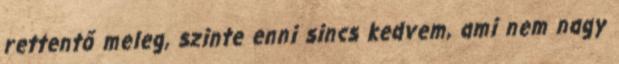
rettentő meleg, szinte enni sincs kedvem, ami nem nagy